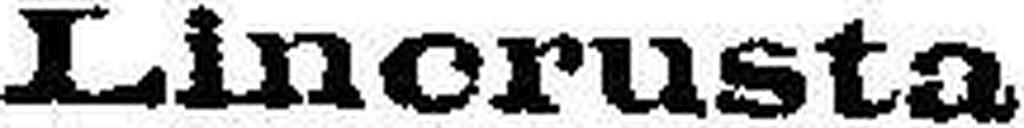
Lincrusta